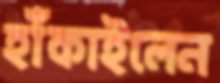
হাঁকাইলেন